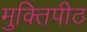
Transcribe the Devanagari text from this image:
मुक्तिपीठ